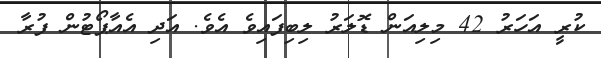
ކުރީ އަހަރު 42 މިލިއަން ޑޮލަރު ލިބިފައިވެ އެވެ. އަދި އެއާޕޯޓުން ފުރާ